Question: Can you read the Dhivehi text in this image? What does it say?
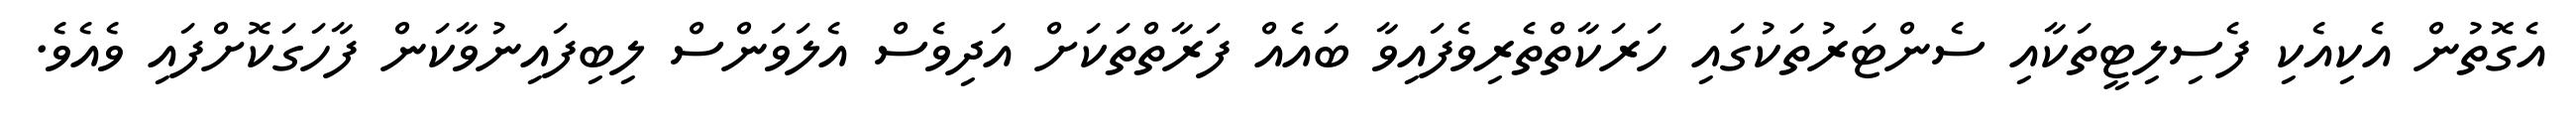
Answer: އެގޮތުން އެކިއެކި ފެސިލިޓީތަކާއި ސެންޓަރުތަކުގައި ހަރަކާތްތެރިވެފައިވާ ބައެއް ފަރާތްތަކަށް އަދިވެސް އެލަވަންސް ލިބިފައިނުވާކަން ފާހަގަކޮށްފައި ވެއެވެ.